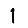
Digit: 1